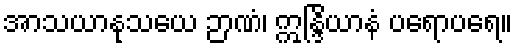
အာသယာနုသယေ ဉာဏံ၊ ဣန္ဒြိယာနံ ပရောပရေ။